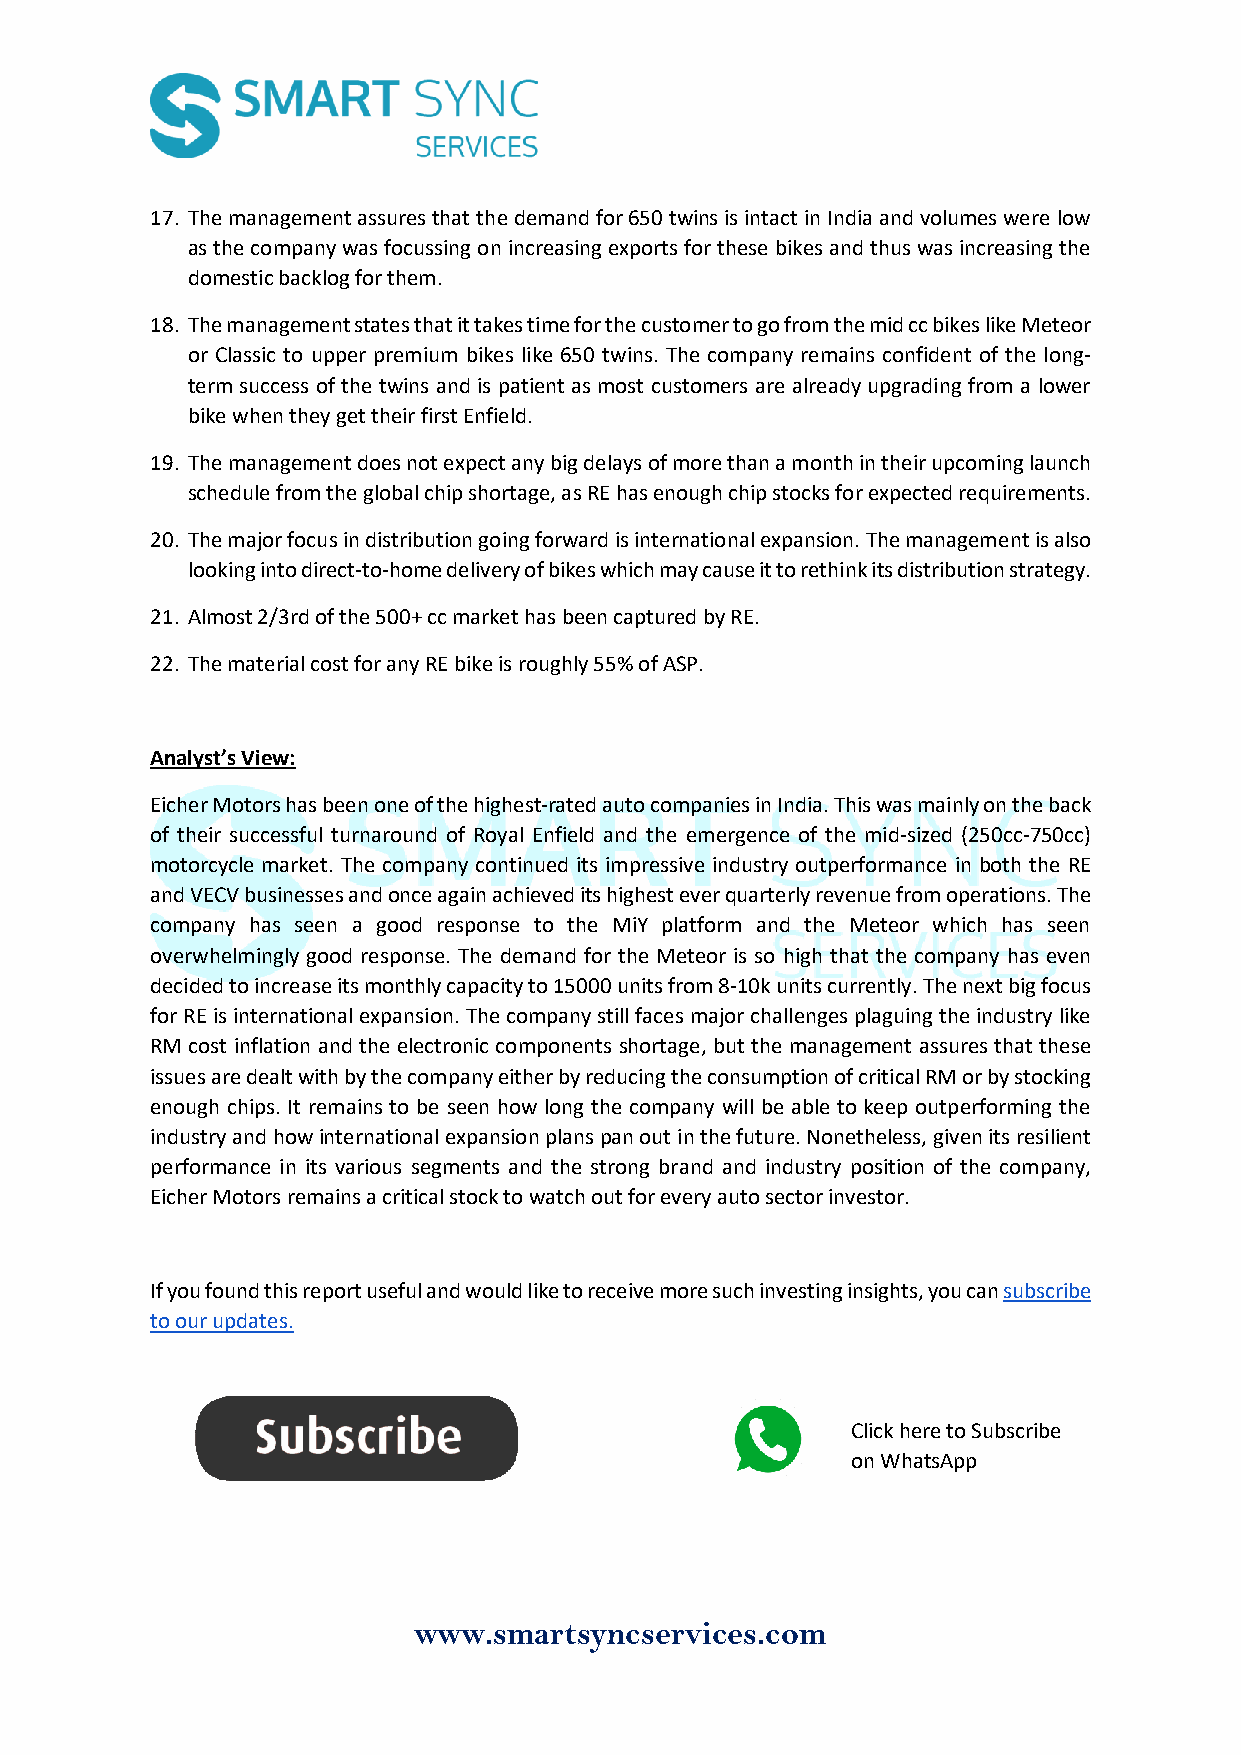
17. The management assures that the demand for 650 twins is intact in India and volumes were low
 as the company was focussing on increasing exports for these bikes and thus was increasing the
 domestic backlog for them.
 18. The management states that it takes time for the customer to go from the mid cc bikes like Meteor
 or Classic to upper premium bikes like 650 twins. The company remains confident of the long-
 term success of the twins and is patient as most customers are already upgrading from a lower
 bike when they get their first Enfield.
 19. The management does not expect any big delays of more than a month in their upcoming launch
 schedule from the global chip shortage, as RE has enough chip stocks for expected requirements.
 20. The major focus in distribution going forward is international expansion. The management is also
 looking into direct-to-home delivery of bikes which may cause it to rethink its distribution strategy.
 21. Almost 2/3rd of the 500+ cc market has been captured by RE.
 22. The material cost for any RE bike is roughly 55% of ASP.
 Analyst’s View:
 Eicher Motors has been one of the highest-rated auto companies in India. This was mainly on the back
 of their successful turnaround of Royal Enfield and the emergence of the mid-sized (250cc-750cc)
 motorcycle market. The company continued its impressive industry outperformance in both the RE
 and VECV businesses and once again achieved its highest ever quarterly revenue from operations. The
 company has seen a good response to the MiY platform and the Meteor which has seen
 overwhelmingly good response. The demand for the Meteor is so high that the company has even
 decided to increase its monthly capacity to 15000 units from 8-10k units currently. The next big focus
 for RE is international expansion. The company still faces major challenges plaguing the industry like
 RM cost inflation and the electronic components shortage, but the management assures that these
 issues are dealt with by the company either by reducing the consumption of critical RM or by stocking
 enough chips. It remains to be seen how long the company will be able to keep outperforming the
 industry and how international expansion plans pan out in the future. Nonetheless, given its resilient
 performance in its various segments and the strong brand and industry position of the company,
 Eicher Motors remains a critical stock to watch out for every auto sector investor.
 If you found this report useful and would like to receive more such investing insights, you can subscribe
 to our updates.
 Click here to Subscribe
 on WhatsApp
 www.smartsyncservices.com